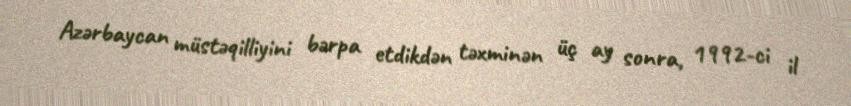
Azərbaycan müstəqilliyini bərpa etdikdən təxminən üç ay sonra, 1992-ci il